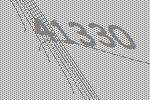
41330